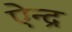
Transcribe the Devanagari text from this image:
ऐन्‍द्र